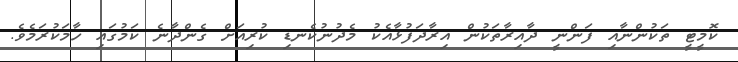
ކޮމީޓީ ތަކުންނާއި ފަންނީ ދާއިރާތަކުން އިރާދަފުޅާއެކު މެދުނުކެނޑި ކުރިއަށް ގެންދާނެ ކަމުގައި ހާމަކުރަމެވެ.